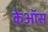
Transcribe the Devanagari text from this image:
केऑस